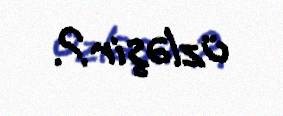
üzləşir?.